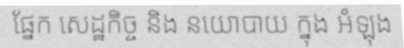
ផ្នែក សេដ្ឋកិច្ច និង នយោបាយ ក្នុង អំឡុង